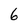
Character: 6